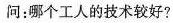
问：哪个工人的技术较好?